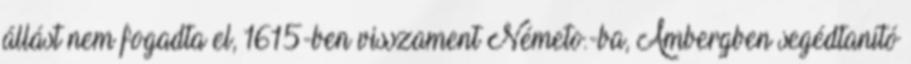
állást nem fogadta el, 1615-ben visszament Németo.-ba, Ambergben segédtanító